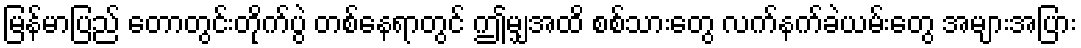
မြန်မာပြည် တောတွင်းတိုက်ပွဲ တစ်နေရာတွင် ဤမျှအထိ စစ်သားတွေ လက်နက်ခဲယမ်းတွေ အများအပြား